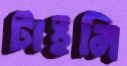
টাইনি